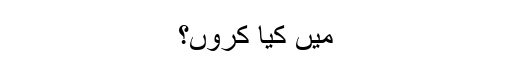
میں کیا کروں؟